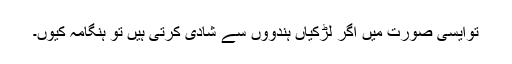
توایسی صورت میں اگر لڑکیاں ہندووں سے شادی کرتی ہیں تو ہنگامہ کیوں۔